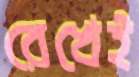
রেখেই